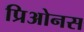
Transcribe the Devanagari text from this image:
प्रिओनस